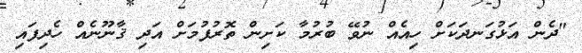
"ދެން އަޅުގަނދަކަށް ހިއެއް ނުވޭ ބުރުމާ ކަށިން ތޮރުފުމަށް އަދި ޤާނޫނެއް ހެދިފައި